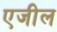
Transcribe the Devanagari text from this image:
एजील